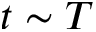
t \sim T